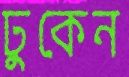
ঢুকেন